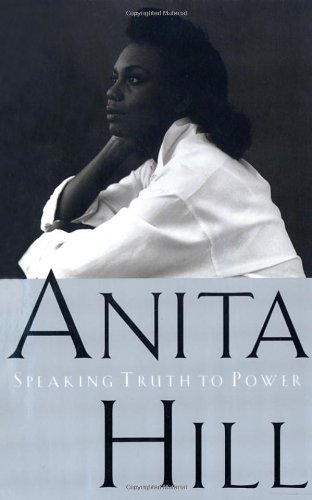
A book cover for Speaking Truth to Power; Anita Hill; Biographies & Memoirs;